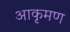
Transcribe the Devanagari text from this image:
आकृमण